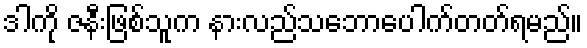
ဒါကို ဇနီးဖြစ်သူက နားလည်သဘောပေါက်တတ်ရမည်။